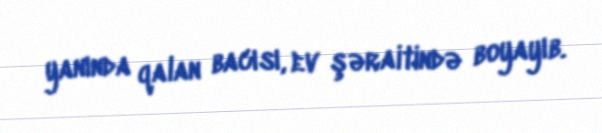
yanında qalan bacısı, ev şəraitində boyayıb.